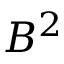
B ^ { 2 }